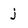
Character: j